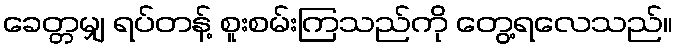
ခေတ္တမျှ ရပ်တန့် စူးစမ်းကြသည်ကို တွေ့ရလေသည်။